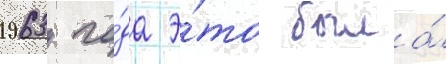
1963 го́да э́то была́